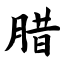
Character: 腊